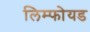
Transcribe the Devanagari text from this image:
लिम्फोयड